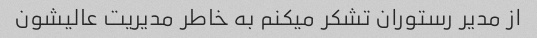
از مدیر رستوران تشکر میکنم به خاطر مدیریت عالیشون